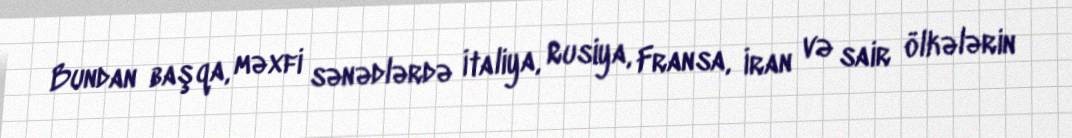
Bundan başqa, məxfi sənədlərdə İtaliya, Rusiya, Fransa, İran və sair ölkələrin